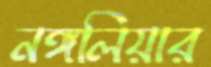
নঙ্গলিয়ার